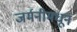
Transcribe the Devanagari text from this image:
जर्मनीमधून